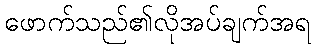
ဖောက်သည်၏လိုအပ်ချက်အရ